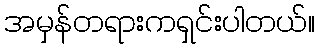
အမှန်တရားကရှင်းပါတယ်။